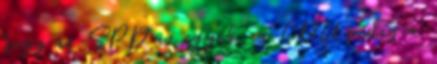
hogy az SPD az egyik, a CDU pedig a